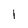
Character: l